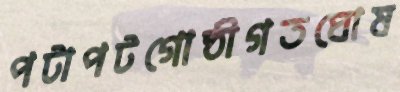
পটাপটগোষ্ঠীগতঘোষ